Report of the Municipal Commissioner on the plague in Bombay for the year ending 31st May... - Volume 3
Disease focus: Plague
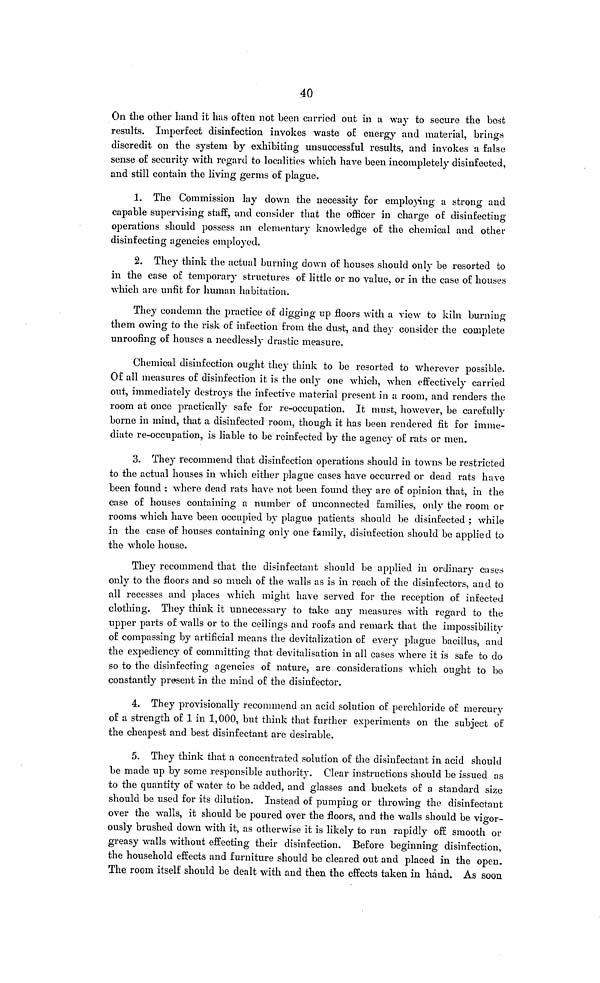
40
On the other hand it has often not been carried out in a way to secure the best
results. Imperfect disinfection invokes waste of energy and material, brings
discredit on the system by exhibiting unsuccessful results, and invokes a false
sense of security with regard to localities which have been incompletely disinfected,
and still contain the living germs of plague.
1. The Commission lay down the necessity for employing a strong and
capable supervising staff, and consider that the officer in charge of disinfecting
operations should possess an elementary knowledge of the chemical and other
disinfecting agencies employed.
2. They think the actual burning down of houses should only be resorted to
in the case of temporary structures of little or no value, or in the case of houses
which are unfit for human habitation.
They condemn the practice of digging up floors with a view to kiln burning
them owing to the risk of infection from the dust, and they consider the complete
unroofing of houses a needlessly drastic measure.
Chemical disinfection ought they think to be resorted to wherever possible.
Of all measures of disinfection it is the only one which, when effectively carried
out, immediately destroys the infective material present in a room, and renders the
room at once practically safe for re-occupation. It must, however, be carefully
borne in mind, that a disinfected room, though it has been rendered fit for imme-
diate re-occupation, is liable to be reinfected by the agency of rats or men.
3. They recommend that disinfection operations should in towns be restricted
to the actual houses in which either plague cases have occurred or dead rats have
been found : where dead rats have not been found they are of opinion that, in the
case of houses containing a number of unconnected families, only the room or
rooms which have been occupied by plague patients should be disinfected ; while
in the case of houses containing only one family, disinfection should be applied to
the whole house.
They recommend that the disinfectant should be applied in ordinary cases
only to the floors and so much of the walls as is in reach of the disinfectors, and to
all recesses and places which might have served for the reception of infected
clothing. They think it unnecessary to take any measures with regard to the
upper parts of walls or to the ceilings and roofs and remark that the impossibility
of compassing by artificial means the devitalization of every plague bacillus, and
the expediency of committing that devitalisation in all cases where it is safe to do
so to the disinfecting agencies of nature, are considerations which ought to bo
constantly present in the mind of the disinfector.
4. They provisionally recommend an acid solution of perchloride of mercury
of a strength of 1 in 1,000, but think that further experiments on the subject of
the cheapest and best disinfectant are desirable.
5. They think that a concentrated solution of the disinfectant in acid should
be made up by some responsible authority. Clear instructions should be issued as
to the quantity of water to be added, and glasses and buckets of a standard size
should be used for its dilution. Instead of pumping or throwing the disinfectant
over the walls, it should be poured over the floors, and the walls should be vigor-
ously brushed down with it, as otherwise it is likely to run rapidly off smooth or
greasy walls without effecting their disinfection. Before beginning disinfection,
the household effects and furniture should be cleared out and placed in the open.
The room itself should be dealt with and then the effects taken in hand. As soon